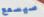
سيسمع